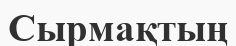
Сырмақтың